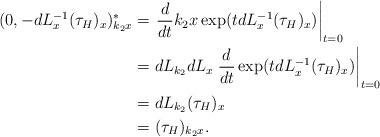
LaTeX: \begin{align*}(0, -dL_{x}^{-1}(\tau_{H})_{x})^{\ast}_{k_{2}x}&= \left. \frac{d}{dt} k_{2}x\exp (tdL_{x}^{-1}(\tau_{H})_{x}) \right|_{t=0} \\&= dL_{k_{2}}dL_{x}\left. \frac{d}{dt} \exp (tdL_{x}^{-1}(\tau_{H})_{x}) \right|_{t=0} \\&= dL_{k_{2}}(\tau_{H})_{x} \\&= (\tau_{H})_{k_{2}x}.\end{align*}